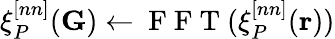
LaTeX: \xi_{P}^{[nn]}(\mathbf{G})\leftarrow\mathrm{~F~F~T~}(\xi_{P}^{[nn]}(\mathbf{r}))